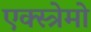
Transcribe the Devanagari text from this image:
एक्स्त्रेमो